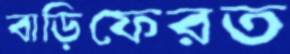
বাড়িফেরত